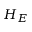
H _ { E }